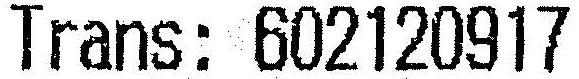
TRANS: 602120917